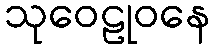
သုဝေဠုဝနေ